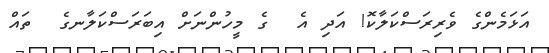
އަޅަމެންގެ ވެރިރަސްކަލާކޮ! އަދި އެ  ގެ މީހުންނަށް އިބަރަސްކަލާނގެ  ތައް